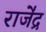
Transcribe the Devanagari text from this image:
राजे॑द्र